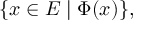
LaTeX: \{ x \in E \mid \Phi ( x ) \} ,